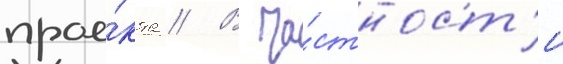
прое́кта // В ча́стност'и